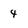
Character: 4